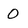
Character: 0